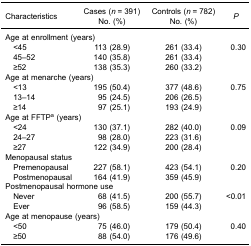
<table><thead><tr><td><b>Characteristics</b></td><td><b>Cases (<i>n</i> = 391)No. (%)</b></td><td><b>Controls (<i>n</i> = 782)No. (%)</b></td><td><b><i>P</i></b></td></tr></thead><tbody><tr><td colspan="4">Age at enrollment (years)</td></tr><tr><td> &lt;45</td><td>113 (28.9)</td><td>261 (33.4)</td><td>0.30</td></tr><tr><td> 45–52</td><td>140 (35.8)</td><td>261 (33.4)</td><td> </td></tr><tr><td> ≥52</td><td>138 (35.3)</td><td>260 (33.2)</td><td> </td></tr><tr><td colspan="4">Age at menarche (years)</td></tr><tr><td> &lt;13</td><td>195 (50.4)</td><td>377 (48.6)</td><td>0.75</td></tr><tr><td> 13–14</td><td>95 (24.5)</td><td>206 (26.5)</td><td> </td></tr><tr><td> ≥14</td><td>97 (25.1)</td><td>193 (24.9)</td><td> </td></tr><tr><td colspan="4">Age at FFTP<sup>a</sup> (years)</td></tr><tr><td> &lt;24</td><td>130 (37.1)</td><td>282 (40.0)</td><td>0.09</td></tr><tr><td> 24–27</td><td>98 (28.0)</td><td>223 (31.6)</td><td> </td></tr><tr><td> ≥27</td><td>122 (34.9)</td><td>200 (28.4)</td><td> </td></tr><tr><td colspan="4">Menopausal status</td></tr><tr><td> Premenopausal</td><td>227 (58.1)</td><td>423 (54.1)</td><td>0.20</td></tr><tr><td> Postmenopausal</td><td>164 (41.9)</td><td>359 (45.9)</td><td> </td></tr><tr><td colspan="4">Postmenopausal hormone use</td></tr><tr><td> Never</td><td>68 (41.5)</td><td>200 (55.7)</td><td>&lt;0.01</td></tr><tr><td> Ever</td><td>96 (58.5)</td><td>159 (44.3)</td><td> </td></tr><tr><td colspan="4">Age at menopause (years)</td></tr><tr><td> &lt;50</td><td>75 (46.0)</td><td>179 (50.4)</td><td>0.40</td></tr><tr><td> ≥50</td><td>88 (54.0)</td><td>176 (49.6)</td><td> </td></tr></tbody></table>